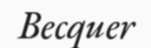
Becquer